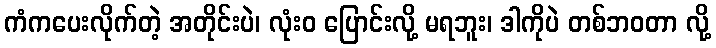
ကံကပေးလိုက်တဲ့ အတိုင်းပဲ၊ လုံးဝ ပြောင်းလို့ မရဘူး၊ ဒါကိုပဲ တစ်ဘဝတာ လို့